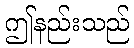
ဤနည်းသည်